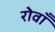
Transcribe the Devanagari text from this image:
रोवाँ